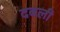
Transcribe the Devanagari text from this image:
दबली